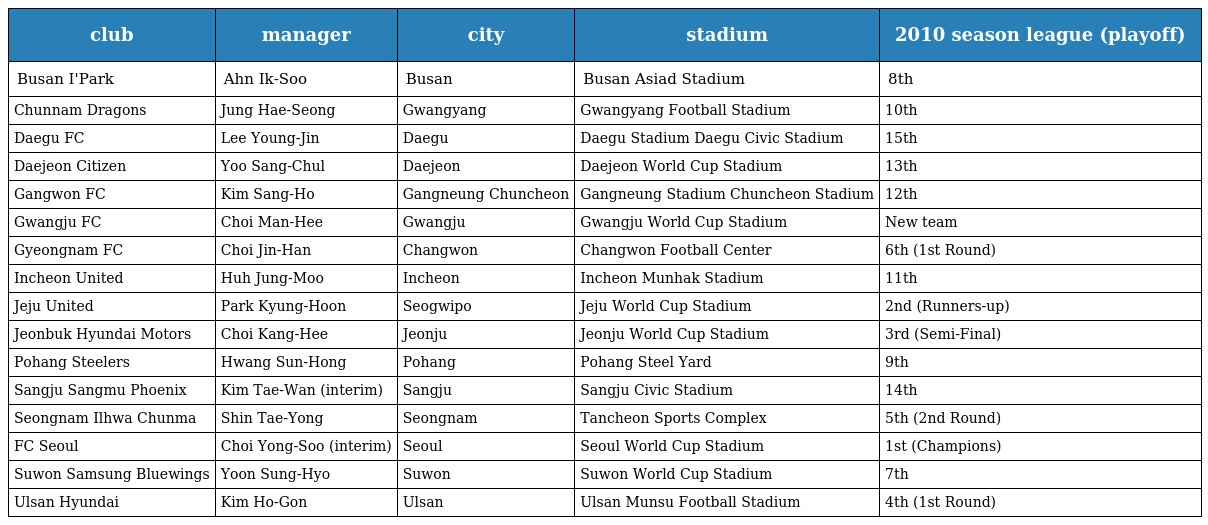
| club | manager | city | stadium | 2010 season league (playoff) |
 | --- | --- | --- | --- | --- |
 | Busan I'Park | Ahn Ik-Soo | Busan | Busan Asiad Stadium | 8th |
 | Chunnam Dragons | Jung Hae-Seong | Gwangyang | Gwangyang Football Stadium | 10th |
 | Daegu FC | Lee Young-Jin | Daegu | Daegu Stadium Daegu Civic Stadium | 15th |
 | Daejeon Citizen | Yoo Sang-Chul | Daejeon | Daejeon World Cup Stadium | 13th |
 | Gangwon FC | Kim Sang-Ho | Gangneung Chuncheon | Gangneung Stadium Chuncheon Stadium | 12th |
 | Gwangju FC | Choi Man-Hee | Gwangju | Gwangju World Cup Stadium | New team |
 | Gyeongnam FC | Choi Jin-Han | Changwon | Changwon Football Center | 6th (1st Round) |
 | Incheon United | Huh Jung-Moo | Incheon | Incheon Munhak Stadium | 11th |
 | Jeju United | Park Kyung-Hoon | Seogwipo | Jeju World Cup Stadium | 2nd (Runners-up) |
 | Jeonbuk Hyundai Motors | Choi Kang-Hee | Jeonju | Jeonju World Cup Stadium | 3rd (Semi-Final) |
 | Pohang Steelers | Hwang Sun-Hong | Pohang | Pohang Steel Yard | 9th |
 | Sangju Sangmu Phoenix | Kim Tae-Wan (interim) | Sangju | Sangju Civic Stadium | 14th |
 | Seongnam Ilhwa Chunma | Shin Tae-Yong | Seongnam | Tancheon Sports Complex | 5th (2nd Round) |
 | FC Seoul | Choi Yong-Soo (interim) | Seoul | Seoul World Cup Stadium | 1st (Champions) |
 | Suwon Samsung Bluewings | Yoon Sung-Hyo | Suwon | Suwon World Cup Stadium | 7th |
 | Ulsan Hyundai | Kim Ho-Gon | Ulsan | Ulsan Munsu Football Stadium | 4th (1st Round) |